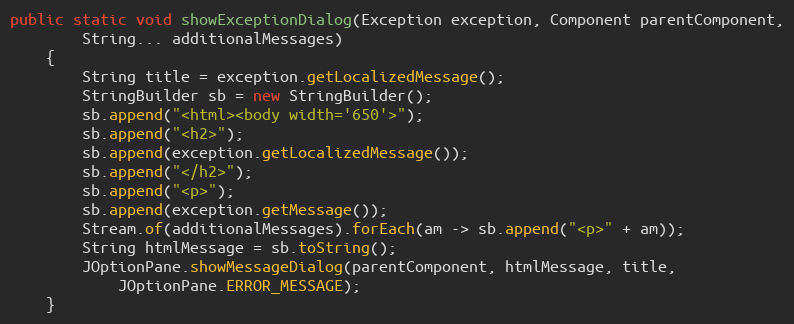
Language: Java
public static void showExceptionDialog(Exception exception, Component parentComponent,
		String... additionalMessages)
	{
		String title = exception.getLocalizedMessage();
		StringBuilder sb = new StringBuilder();
		sb.append("<html><body width='650'>");
		sb.append("<h2>");
		sb.append(exception.getLocalizedMessage());
		sb.append("</h2>");
		sb.append("<p>");
		sb.append(exception.getMessage());
		Stream.of(additionalMessages).forEach(am -> sb.append("<p>" + am));
		String htmlMessage = sb.toString();
		JOptionPane.showMessageDialog(parentComponent, htmlMessage, title,
			JOptionPane.ERROR_MESSAGE);
	}